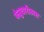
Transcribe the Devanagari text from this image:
फेब्रुवारीतला